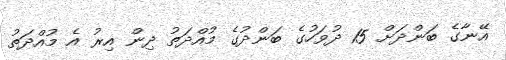
އޭނާގެ ބަންދަށް 15 ދުވަހުގެ ބަންދުގެ މުއްދަތު ދިން އިރު އެ މުއްދަތު